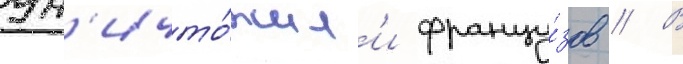
ун'ичто́жил'и францу́зов // В